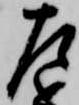
左